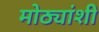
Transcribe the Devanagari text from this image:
मोठ्यांशी